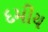
દમીય